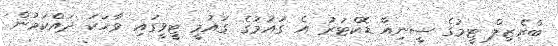
ބްރެޒިލް ޓީމުގެ ސީނިއާ ޑޮކްޓަރު އެ ގައުމުގެ ގައުމީ ޓީވީގައި ވާހަކަ ދައްކަމުން